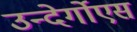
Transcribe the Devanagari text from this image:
उन्देर्गोएस